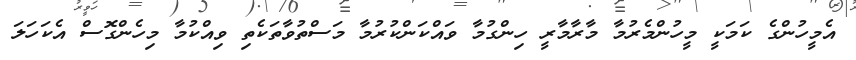
އެމީހުންގެ ކަމަކީ މީހުންމެރުމާ މާރާމާރީ ހިންގުމާ ވައްކަންކުރުމާ މަސްތުވާތަކެތި ވިއްކުމާ މިހެންގޮސް އެކަހަލަ